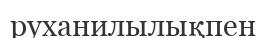
руханилылықпен